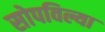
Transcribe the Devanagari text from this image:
सोपविल्या